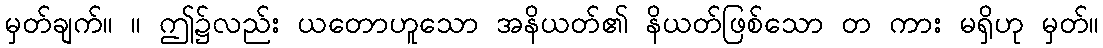
မှတ်ချက်။ ။ ဤ၌လည်း ယတောဟူသော အနိယတ်၏ နိယတ်ဖြစ်သော တ ကား မရှိဟု မှတ်။